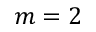
m = 2